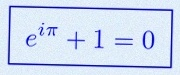
e^{i\pi}+1=0